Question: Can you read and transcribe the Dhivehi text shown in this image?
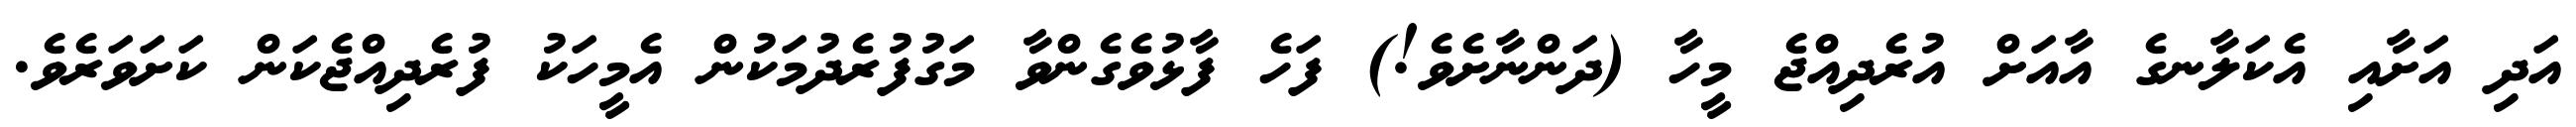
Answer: އަދި އަށާއި އެކަލާނގެ އާއަށް އުރެދިއްޖެ މީހާ (ދަންނާށެވެ!) ފަހެ ފާޅުވެގެންވާ މަގުފުރެދުމަކުން އެމީހަކު ފުރެދިއްޖެކަން ކަށަވަރެވެ.